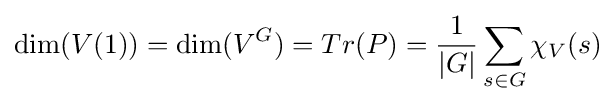
\dim(V(1))=\dim(V^{G})=Tr(P)={\frac {1}{|G|}}\sum _{s\in G}\chi _{V}(s)